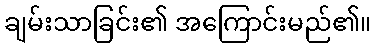
ချမ်းသာခြင်း၏ အကြောင်းမည်၏။